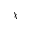
\bar { \chi }